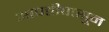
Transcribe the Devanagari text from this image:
आपत्तीपासून